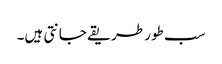
سب طور طریقے جانتی ہیں۔